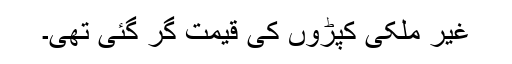
غیر ملکی کپڑوں کی قیمت گر گئی تھی۔